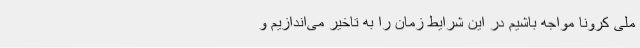
ملی کرونا مواجه باشیم در این شرایط زمان را به تاخیر می‌اندازیم و